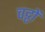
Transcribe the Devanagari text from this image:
चट्टों